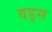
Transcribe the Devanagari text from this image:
वड्स